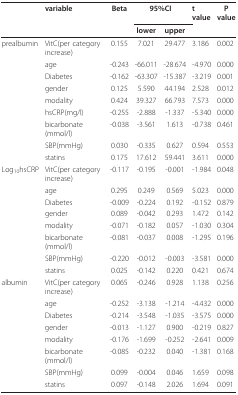
<table><thead><tr><td></td><td><b>variable</b></td><td><b>Beta</b></td><td colspan="2"><b>95%CI</b></td><td><b>t value</b></td><td><b>P value</b></td></tr><tr><td></td><td></td><td></td><td><b>lower</b></td><td><b>upper</b></td><td></td><td></td></tr></thead><tbody><tr><td>prealbumin</td><td>VitC(per category increase)</td><td>0.155</td><td>7.021</td><td>29.477</td><td>3.186</td><td>0.002</td></tr><tr><td></td><td>age</td><td>-0.243</td><td>-66.011</td><td>-28.674</td><td>-4.970</td><td>0.000</td></tr><tr><td></td><td>Diabetes</td><td>-0.162</td><td>-63.307</td><td>-15.387</td><td>-3.219</td><td>0.001</td></tr><tr><td></td><td>gender</td><td>0.125</td><td>5.590</td><td>44.194</td><td>2.528</td><td>0.012</td></tr><tr><td></td><td>modality</td><td>0.424</td><td>39.327</td><td>66.793</td><td>7.573</td><td>0.000</td></tr><tr><td></td><td>hsCRP(mg/l)</td><td>-0.255</td><td>-2.888</td><td>-1.337</td><td>-5.340</td><td>0.000</td></tr><tr><td></td><td>bicarbonate (mmol/l)</td><td>-0.038</td><td>-3.561</td><td>1.613</td><td>-0.738</td><td>0.461</td></tr><tr><td></td><td>SBP(mmHg)</td><td>0.030</td><td>-0.335</td><td>0.627</td><td>0.594</td><td>0.553</td></tr><tr><td></td><td>statins</td><td>0.175</td><td>17.612</td><td>59.441</td><td>3.611</td><td>0.000</td></tr><tr><td>Log<sub>10</sub>hsCRP</td><td>VitC(per category increase)</td><td>-0.117</td><td>-0.195</td><td>-0.001</td><td>-1.984</td><td>0.048</td></tr><tr><td></td><td>age</td><td>0.295</td><td>0.249</td><td>0.569</td><td>5.023</td><td>0.000</td></tr><tr><td></td><td>Diabetes</td><td>-0.009</td><td>-0.224</td><td>0.192</td><td>-0.152</td><td>0.879</td></tr><tr><td></td><td>gender</td><td>0.089</td><td>-0.042</td><td>0.293</td><td>1.472</td><td>0.142</td></tr><tr><td></td><td>modality</td><td>-0.071</td><td>-0.182</td><td>0.057</td><td>-1.030</td><td>0.304</td></tr><tr><td></td><td>bicarbonate (mmol/l)</td><td>-0.081</td><td>-0.037</td><td>0.008</td><td>-1.295</td><td>0.196</td></tr><tr><td></td><td>SBP(mmHg)</td><td>-0.220</td><td>-0.012</td><td>-0.003</td><td>-3.581</td><td>0.000</td></tr><tr><td></td><td>statins</td><td>0.025</td><td>-0.142</td><td>0.220</td><td>0.421</td><td>0.674</td></tr><tr><td>albumin</td><td>VitC(per category increase)</td><td>0.065</td><td>-0.246</td><td>0.928</td><td>1.138</td><td>0.256</td></tr><tr><td></td><td>age</td><td>-0.252</td><td>-3.138</td><td>-1.214</td><td>-4.432</td><td>0.000</td></tr><tr><td></td><td>Diabetes</td><td>-0.214</td><td>-3.548</td><td>-1.035</td><td>-3.575</td><td>0.000</td></tr><tr><td></td><td>gender</td><td>-0.013</td><td>-1.127</td><td>0.900</td><td>-0.219</td><td>0.827</td></tr><tr><td></td><td>modality</td><td>-0.176</td><td>-1.699</td><td>-0.252</td><td>-2.641</td><td>0.009</td></tr><tr><td></td><td>bicarbonate (mmol/l)</td><td>-0.085</td><td>-0.232</td><td>0.040</td><td>-1.381</td><td>0.168</td></tr><tr><td></td><td>SBP(mmHg)</td><td>0.099</td><td>-0.004</td><td>0.046</td><td>1.659</td><td>0.098</td></tr><tr><td></td><td>statins</td><td>0.097</td><td>-0.148</td><td>2.026</td><td>1.694</td><td>0.091</td></tr></tbody></table>